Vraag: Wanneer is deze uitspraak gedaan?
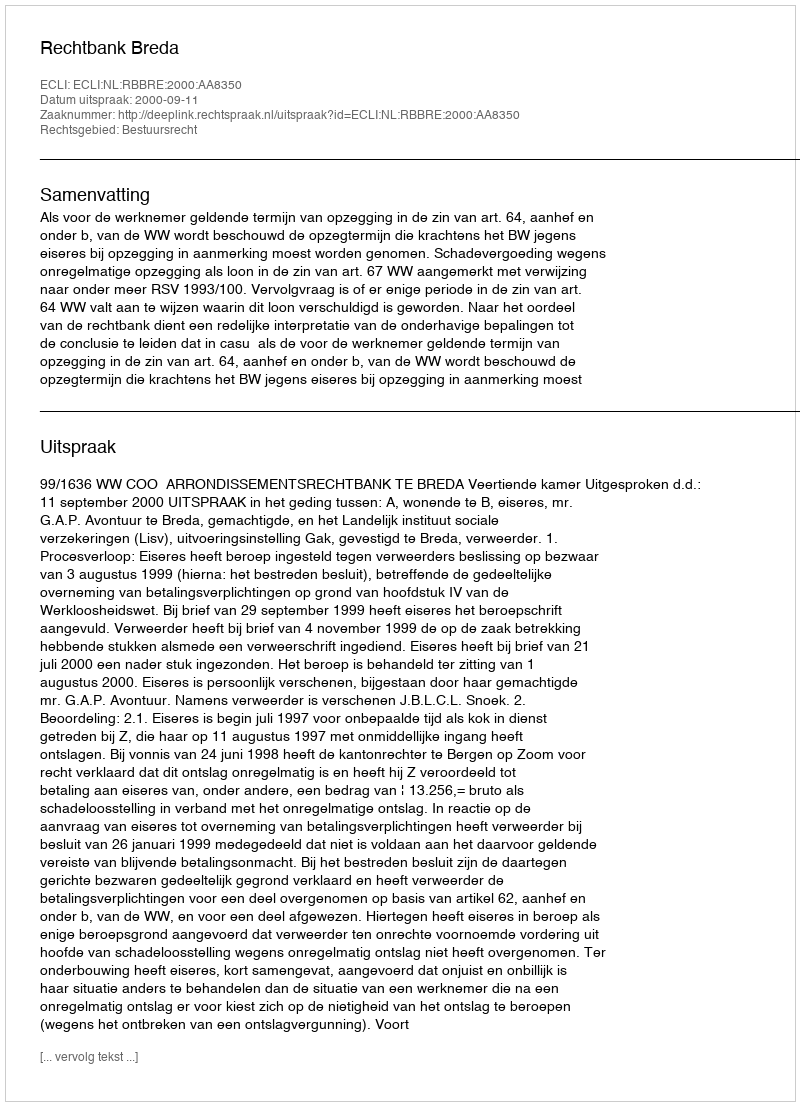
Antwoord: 2000-09-11